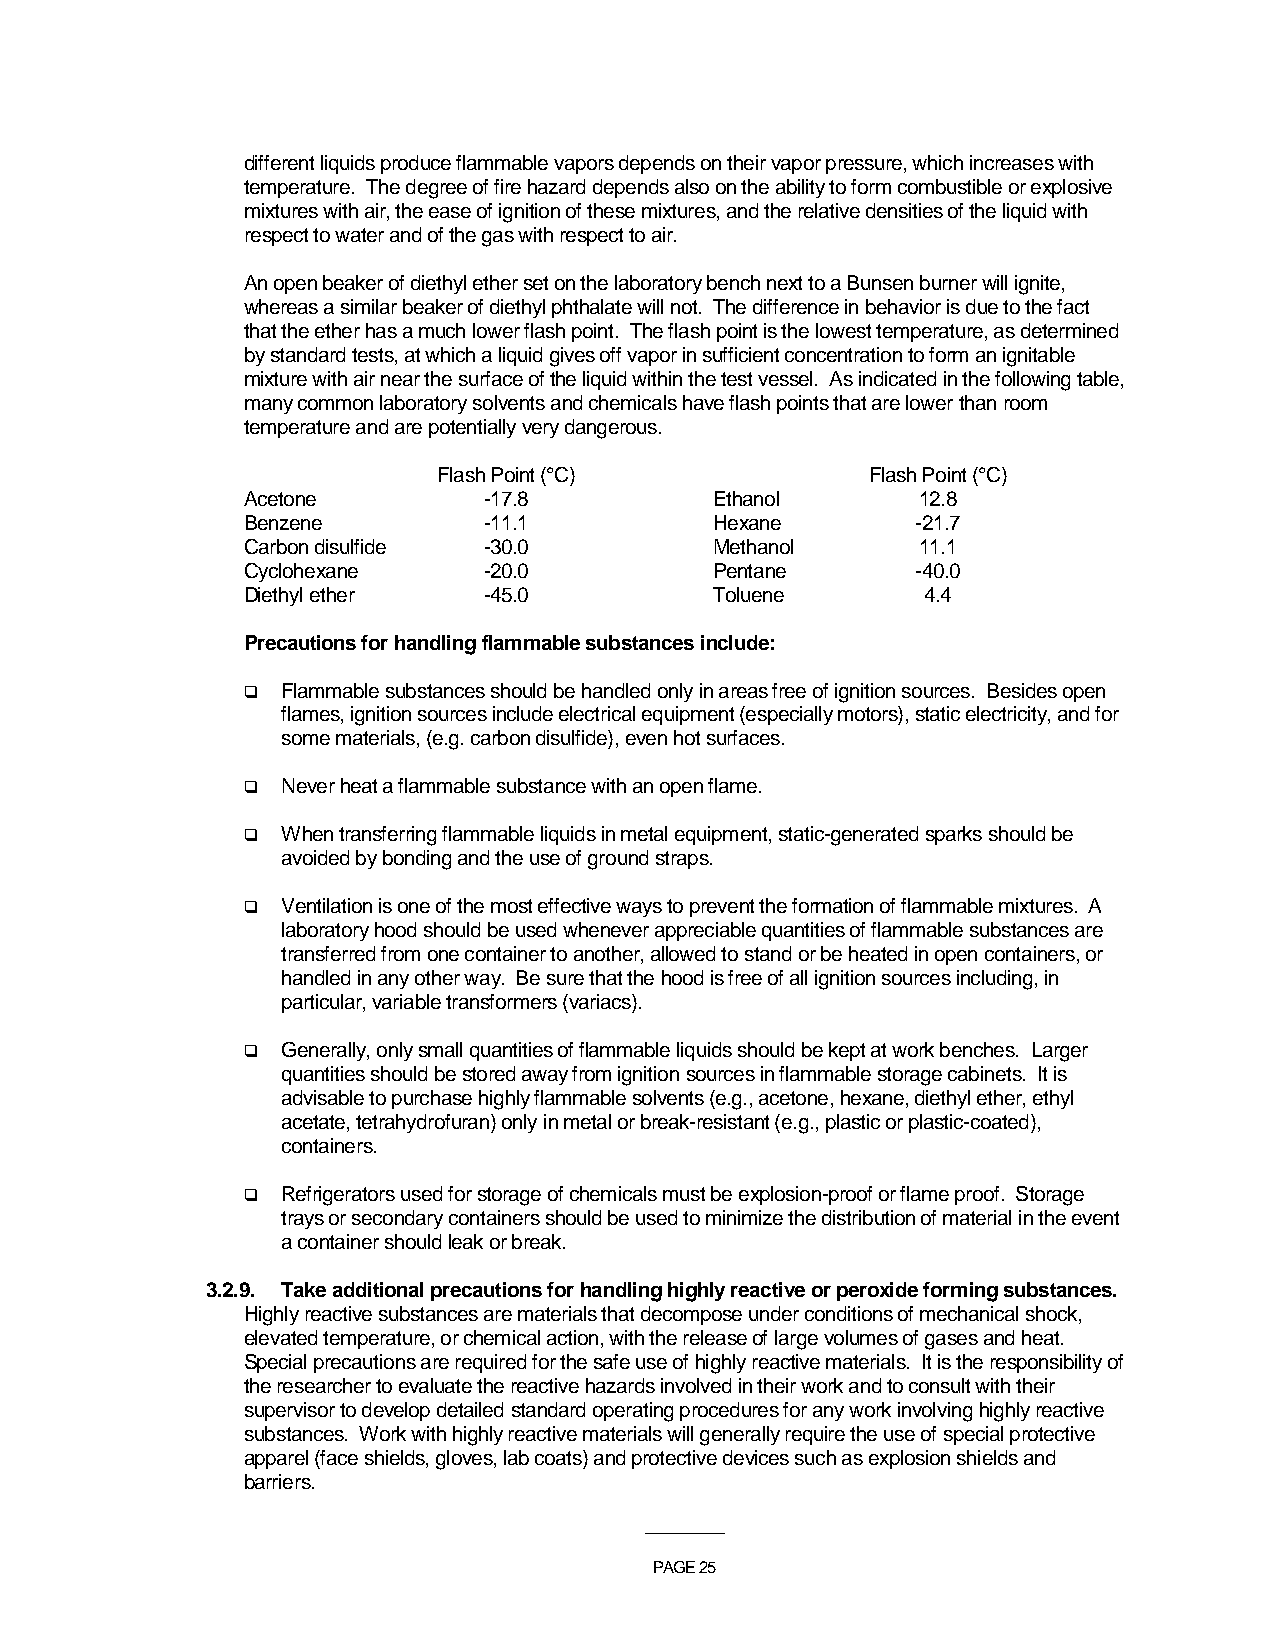
different liquids produce flammable vapors depends on their vapor pressure, which increases with
 temperature. The degree of fire hazard depends also on the ability to form combustible or explosive
 mixtures with air, the ease of ignition of these mixtures, and the relative densities of the liquid with
 respect to water and of the gas with respect to air.
 An open beaker of diethyl ether set on the laboratory bench next to a Bunsen burner will ignite,
 whereas a similar beaker of diethyl phthalate will not. The difference in behavior is due to the fact
 that the ether has a much lower flash point. The flash point is the lowest temperature, as determined
 by standard tests, at which a liquid gives off vapor in sufficient concentration to form an ignitable
 mixture with air near the surface of the liquid within the test vessel. As indicated in the following table,
 many common laboratory solvents and chemicals have flash points that are lower than room
 temperature and are potentially very dangerous.
 Flash Point (°C)             Flash Point (°C)
 Acetone         -17.8          Ethanol       12.8
 Benzene         -11.1          Hexane        -21.7
 Carbon disulfide -30.0         Methanol      11.1
 Cyclohexane     -20.0          Pentane       -40.0
 Diethyl ether   -45.0          Toluene       4.4
 Precautions for handling flammable substances include:
   Flammable substances should be handled only in areas free of ignition sources. Besides open
 flames, ignition sources include electrical equipment (especially motors), static electricity, and for
 some materials, (e.g. carbon disulfide), even hot surfaces.
   Never heat a flammable substance with an open flame.
   When transferring flammable liquids in metal equipment, static-generated sparks should be
 avoided by bonding and the use of ground straps.
   Ventilation is one of the most effective ways to prevent the formation of flammable mixtures. A
 laboratory hood should be used whenever appreciable quantities of flammable substances are
 transferred from one container to another, allowed to stand or be heated in open containers, or
 handled in any other way. Be sure that the hood is free of all ignition sources including, in
 particular, variable transformers (variacs).
   Generally, only small quantities of flammable liquids should be kept at work benches. Larger
 quantities should be stored away from ignition sources in flammable storage cabinets. It is
 advisable to purchase highly flammable solvents (e.g., acetone, hexane, diethyl ether, ethyl
 acetate, tetrahydrofuran) only in metal or break-resistant (e.g., plastic or plastic-coated),
 containers.
   Refrigerators used for storage of chemicals must be explosion-proof or flame proof. Storage
 trays or secondary containers should be used to minimize the distribution of material in the event
 a container should leak or break.
 3.2.9. Take additional precautions for handling highly reactive or peroxide forming substances.
 Highly reactive substances are materials that decompose under conditions of mechanical shock,
 elevated temperature, or chemical action, with the release of large volumes of gases and heat.
 Special precautions are required for the safe use of highly reactive materials. It is the responsibility of
 the researcher to evaluate the reactive hazards involved in their work and to consult with their
 supervisor to develop detailed standard operating procedures for any work involving highly reactive
 substances. Work with highly reactive materials will generally require the use of special protective
 apparel (face shields, gloves, lab coats) and protective devices such as explosion shields and
 barriers.
 ___________
 PAGE 25